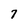
Character: 7